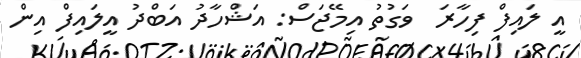
އީ ލައިފް ފިހާރަ  ވަގުތު އިމޭޖަސް: އަޝްހާދު އަބްދު އީލައިފް އިން